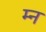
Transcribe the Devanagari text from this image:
म्न